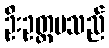
ဦးဥတ္တမသည်